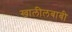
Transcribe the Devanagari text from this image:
खालीलबाबी